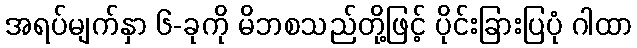
အရပ်မျက်နှာ ၆-ခုကို မိဘစသည်တို့ဖြင့် ပိုင်းခြားပြပုံ ဂါထာ